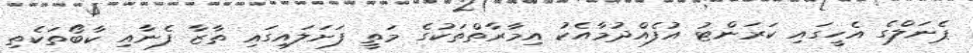
ޕެނަލްގެ އެހީގައި ކަރަންޓު އުފެއްދުމާއެކު އިމާރާތްތަކުގެ މަތީ ފަށަލައިގައި ތާޒާ ފެނާއި ކާބޯތަކެތި